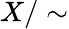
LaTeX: X/\sim